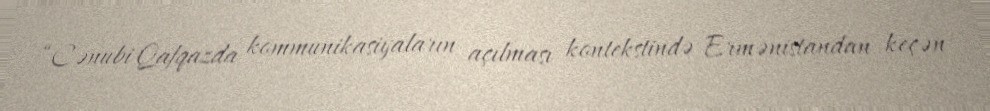
“Cənubi Qafqazda kommunikasiyaların açılması kontekstində Ermənistandan keçən